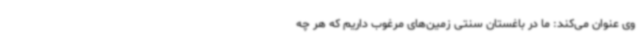
وی عنوان می‌کند: ما در باغستان سنتی زمین‌های مرغوب داریم که هر چه